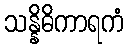
သန္နိဓိကာရကံ